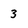
Character: 3